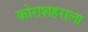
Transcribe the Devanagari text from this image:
कोराशहराला